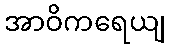
အာဝိကရေယျ